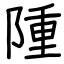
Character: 隀